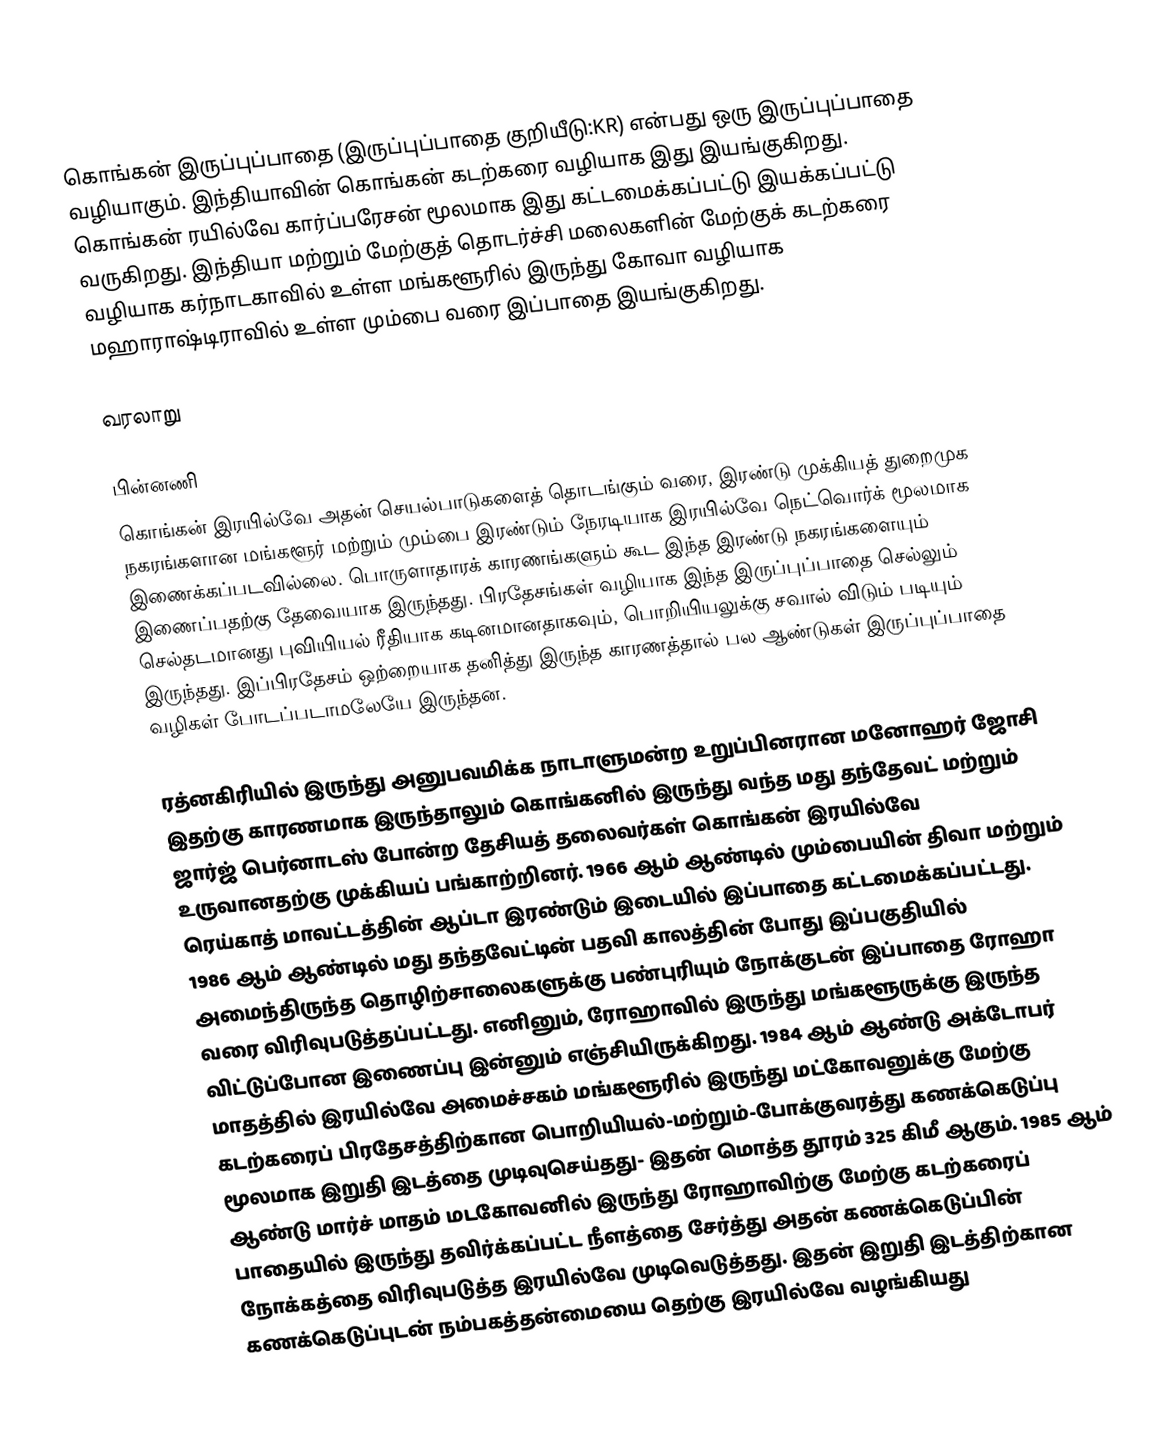
கொங்கன் இருப்புப்பாதை (இருப்புப்பாதை குறியீடு:KR) என்பது ஒரு இருப்புப்பாதை வழியாகும். இந்தியாவின் கொங்கன் கடற்கரை வழியாக இது இயங்குகிறது. கொங்கன் ரயில்வே கார்ப்பரேசன் மூலமாக இது கட்டமைக்கப்பட்டு இயக்கப்பட்டு வருகிறது. இந்தியா மற்றும் மேற்குத் தொடர்ச்சி மலைகளின் மேற்குக் கடற்கரை வழியாக கர்நாடகாவில் உள்ள மங்களூரில் இருந்து கோவா வழியாக மஹாராஷ்டிராவில் உள்ள மும்பை வரை இப்பாதை இயங்குகிறது.

வரலாறு

பின்னணி
கொங்கன் இரயில்வே அதன் செயல்பாடுகளைத் தொடங்கும் வரை, இரண்டு முக்கியத் துறைமுக நகரங்களான மங்களூர் மற்றும் மும்பை இரண்டும் நேரடியாக இரயில்வே நெட்வொர்க் மூலமாக இணைக்கப்படவில்லை. பொருளாதாரக் காரணங்களும் கூட இந்த இரண்டு நகரங்களையும் இணைப்பதற்கு தேவையாக இருந்தது. பிரதேசங்கள் வழியாக இந்த இருப்புப்பாதை செல்லும் செல்தடமானது புவியியல் ரீதியாக கடினமானதாகவும், பொறியியலுக்கு சவால் விடும் படியும் இருந்தது. இப்பிரதேசம் ஒற்றையாக தனித்து இருந்த காரணத்தால் பல ஆண்டுகள் இருப்புப்பாதை வழிகள் போடப்படாமலேயே இருந்தன.

ரத்னகிரியில் இருந்து அனுபவமிக்க நாடாளுமன்ற உறுப்பினரான மனோஹர் ஜோசி இதற்கு காரணமாக இருந்தாலும் கொங்கனில் இருந்து வந்த மது தந்தேவட் மற்றும் ஜார்ஜ் பெர்னாடஸ் போன்ற தேசியத் தலைவர்கள் கொங்கன் இரயில்வே உருவானதற்கு முக்கியப் பங்காற்றினர். 1966 ஆம் ஆண்டில் மும்பையின் திவா மற்றும் ரெய்காத் மாவட்டத்தின் ஆப்டா இரண்டும் இடையில் இப்பாதை கட்டமைக்கப்பட்டது. 1986 ஆம் ஆண்டில் மது தந்தவேட்டின் பதவி காலத்தின் போது இப்பகுதியில் அமைந்திருந்த தொழிற்சாலைகளுக்கு பண்புரியும் நோக்குடன் இப்பாதை ரோஹா வரை விரிவுபடுத்தப்பட்டது. எனினும், ரோஹாவில் இருந்து மங்களூருக்கு இருந்த விட்டுப்போன இணைப்பு இன்னும் எஞ்சியிருக்கிறது. 1984 ஆம் ஆண்டு அக்டோபர் மாதத்தில் இரயில்வே அமைச்சகம் மங்களூரில் இருந்து மட்கோவனுக்கு மேற்கு கடற்கரைப் பிரதேசத்திற்கான பொறியியல்-மற்றும்-போக்குவரத்து கணக்கெடுப்பு மூலமாக இறுதி இடத்தை முடிவுசெய்தது- இதன் மொத்த தூரம் 325 கிமீ ஆகும். 1985 ஆம் ஆண்டு மார்ச் மாதம் மடகோவனில் இருந்து ரோஹாவிற்கு மேற்கு கடற்கரைப் பாதையில் இருந்து தவிர்க்கப்பட்ட நீளத்தை சேர்த்து அதன் கணக்கெடுப்பின் நோக்கத்தை விரிவுபடுத்த இரயில்வே முடிவெடுத்தது. இதன் இறுதி இடத்திற்கான கணக்கெடுப்புடன் நம்பகத்தன்மையை தெற்கு இரயில்வே வழங்கியது